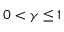
0 < \gamma \leq 1